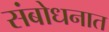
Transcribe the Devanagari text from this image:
संबोधनात